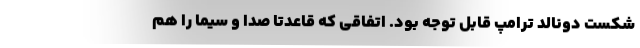
شکست دونالد ترامپ قابل توجه بود. اتفاقی که قاعدتاً صدا و سیما را هم